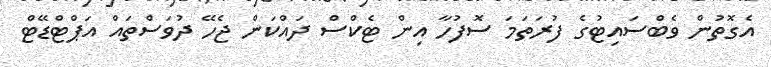
އެގޮތުން ވެބްސައިޓުގެ ފުރަތަމަ ސޮފުހާ އިން ޓެކްސް ދައްކަން ޖެހޭ ދުވަސްތައް އަޕްޓްޑޭޓް